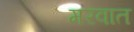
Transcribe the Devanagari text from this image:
मरवात